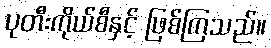
ပုတီးကိုယ်စီနှင့် ဖြစ်ကြသည်။